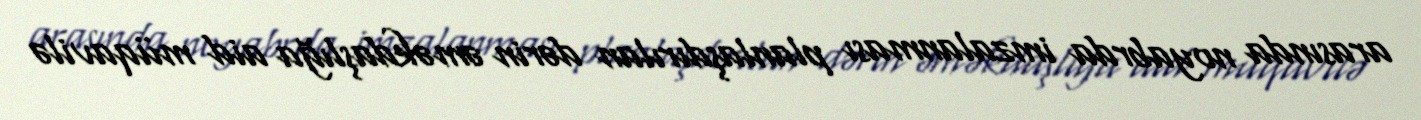
arasında noyabrda imzalanması planlaşdırılan dərin əməkdaşlığa aid müqavilə